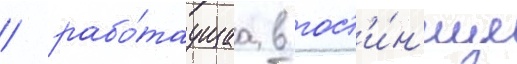
/ рабо́таущаа в гост'и́н'ице